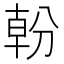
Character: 𭃿